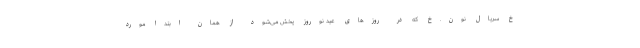
خ سریال نون.خ که در روزهای عید نوروز پخش می‌شود از همان ابتدا مورد